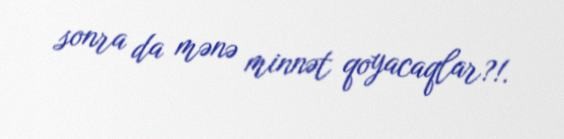
sonra da mənə minnət qoyacaqlar?!.